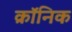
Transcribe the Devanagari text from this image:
क्राॅनिक